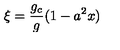
\xi = \frac { g _ { c } } { g } ( 1 - a ^ { 2 } x )